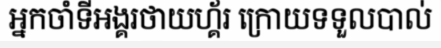
អ្នកចាំទីអង្គរថាយហ្គ័រ ក្រោយទទួលបាល់